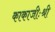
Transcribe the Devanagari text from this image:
काकाजीःश्री